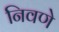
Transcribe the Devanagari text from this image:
निवणे